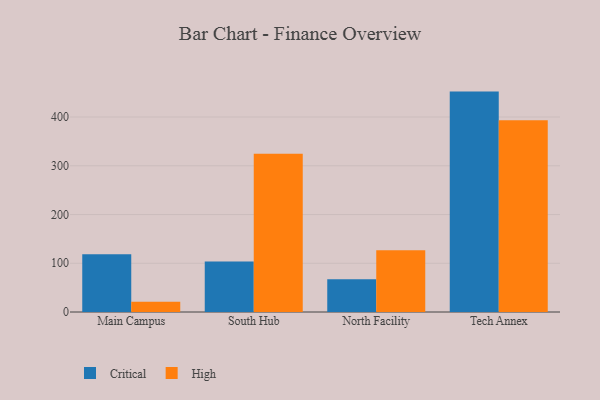
{"axis": {"x": "Campus", "y": "LTV (USD)"}, "legend": ["Critical", "High"], "data": [{"x": "Main Campus", "y": 118.4, "type": "Critical"}, {"x": "Main Campus", "y": 21.0, "type": "High"}, {"x": "South Hub", "y": 103.7, "type": "Critical"}, {"x": "South Hub", "y": 324.8, "type": "High"}, {"x": "North Facility", "y": 67.2, "type": "Critical"}, {"x": "North Facility", "y": 126.7, "type": "High"}, {"x": "Tech Annex", "y": 452.2, "type": "Critical"}, {"x": "Tech Annex", "y": 393.6, "type": "High"}]}